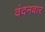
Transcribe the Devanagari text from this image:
वंदनवार